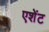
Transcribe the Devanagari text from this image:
एशेंट